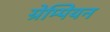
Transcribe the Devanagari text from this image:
ग्रेम्पियन